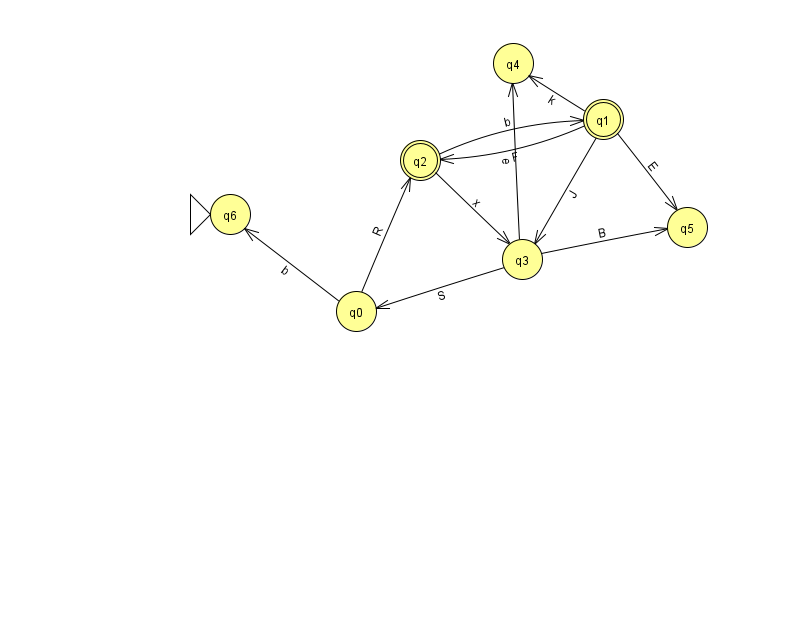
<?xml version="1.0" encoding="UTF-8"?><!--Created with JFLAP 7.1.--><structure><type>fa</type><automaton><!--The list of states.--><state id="0" name="q0"><x>356.0</x><y>298.0</y></state><state id="1" name="q1"><x>603.0</x><y>106.0</y><final/></state><state id="2" name="q2"><x>420.0</x><y>147.0</y><final/></state><state id="3" name="q3"><x>522.0</x><y>246.0</y></state><state id="4" name="q4"><x>513.0</x><y>50.0</y></state><state id="5" name="q5"><x>687.0</x><y>214.0</y></state><state id="6" name="q6"><x>230.0</x><y>201.0</y><initial/></state><!--The list of transitions.--><transition><from>3</from><to>5</to><read>B</read></transition><transition><from>1</from><to>2</to><read>F</read></transition><transition><from>1</from><to>3</to><read>J</read></transition><transition><from>2</from><to>1</to><read>b</read></transition><transition><from>3</from><to>0</to><read>S</read></transition><transition><from>2</from><to>3</to><read>x</read></transition><transition><from>0</from><to>6</to><read>b</read></transition><transition><from>1</from><to>4</to><read>k</read></transition><transition><from>0</from><to>2</to><read>R</read></transition><transition><from>3</from><to>4</to><read>e</read></transition><transition><from>1</from><to>5</to><read>E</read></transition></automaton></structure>